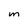
Character: m